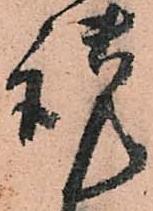
謹